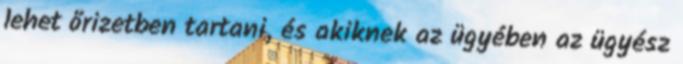
lehet őrizetben tartani, és akiknek az ügyében az ügyész